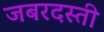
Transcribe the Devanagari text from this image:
जबरदस्‍ती